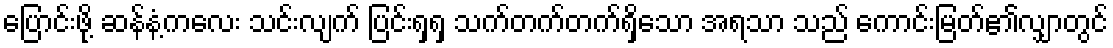
ပြောင်းဖို့ ဆန်နံ့ကလေး သင်းလျက် ပြင်းရှရှ သက်တက်တက်ရှိသော အရသာ သည် ကောင်းမြတ်၏လျှာတွင်